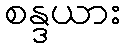
စန္ဒယား